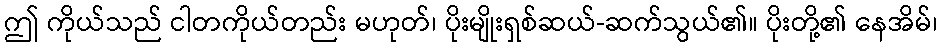
ဤ ကိုယ်သည် ငါတကိုယ်တည်း မဟုတ်၊ ပိုးမျိုးရှစ်ဆယ်-ဆက်သွယ်၏။ ပိုးတို့၏ နေအိမ်၊